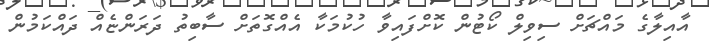
އާއިލާގެ މައްޗަށް ސިވިލް ކޯޓުން ކޮށްފައިވާ ހުކުމަކާ އެއްގޮތަށް ސާބިތު ދަރަންޏެއް ދައްކަމުން